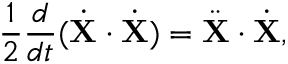
{ \frac { 1 } { 2 } } { \frac { d } { d t } } ( { \dot { \mathbf { X } } } \cdot { \dot { \mathbf { X } } } ) = { \ddot { \mathbf { X } } } \cdot { \dot { \mathbf { X } } } ,